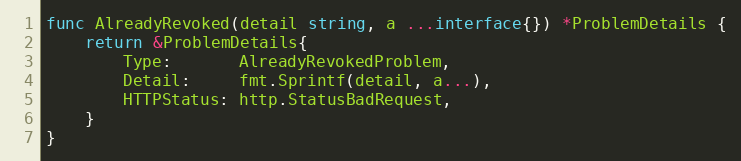
Language: Go
func AlreadyRevoked(detail string, a ...interface{}) *ProblemDetails {
	return &ProblemDetails{
		Type:       AlreadyRevokedProblem,
		Detail:     fmt.Sprintf(detail, a...),
		HTTPStatus: http.StatusBadRequest,
	}
}